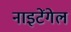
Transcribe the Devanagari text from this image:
नाइटेंगेल